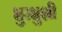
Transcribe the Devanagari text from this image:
भुरभुशी